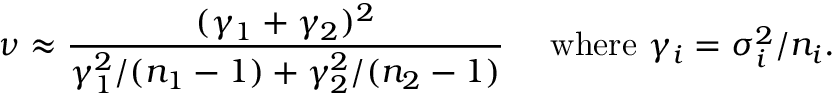
\nu \approx { \frac { ( \gamma _ { 1 } + \gamma _ { 2 } ) ^ { 2 } } { \gamma _ { 1 } ^ { 2 } / ( n _ { 1 } - 1 ) + \gamma _ { 2 } ^ { 2 } / ( n _ { 2 } - 1 ) } } \quad { \mathrm { ~ w h e r e ~ } } \gamma _ { i } = \sigma _ { i } ^ { 2 } / n _ { i } .